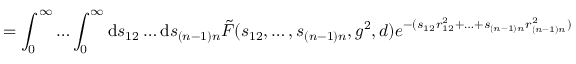
= \int _ { 0 } ^ { \infty } \ldots \int _ { 0 } ^ { \infty } \mathrm { d } s _ { 1 2 } \ldots \mathrm { d } s _ { ( n - 1 ) n } \tilde { F } ( s _ { 1 2 } , \ldots , s _ { ( n - 1 ) n } , g ^ { 2 } , d ) e ^ { - ( s _ { 1 2 } r _ { 1 2 } ^ { 2 } + \ldots + s _ { ( n - 1 ) n } r _ { ( n - 1 ) n } ^ { 2 } ) }